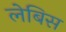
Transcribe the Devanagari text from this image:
लेबिस